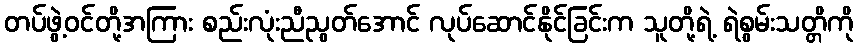
တပ်ဖွဲ့ဝင်တို့အကြား စည်းလုံးညီညွတ်အောင် လုပ်ဆောင်နိုင်ခြင်းက သူတို့ရဲ့ ရဲစွမ်းသတ္တိကို